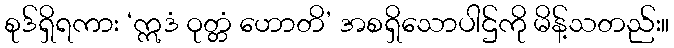
စုဒ်ရှိရကား ‘ဣဒံ ဝုတ္တံ ဟောတိ’ အစရှိသောပါဌ်ကို မိန့်သတည်း။